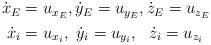
LaTeX: \begin{align*}\begin{alignedat}{2}\dot{x}_E&= u_{x_E}, \dot{y}_E=u_{y_E}, \dot{z}_E=u_{z_E} \\\dot{x}_i&= u_{x_i}, \ \dot{y}_i=u_{y_i}, \ \ \dot{z}_i=u_{z_i} \end{alignedat}\end{align*}